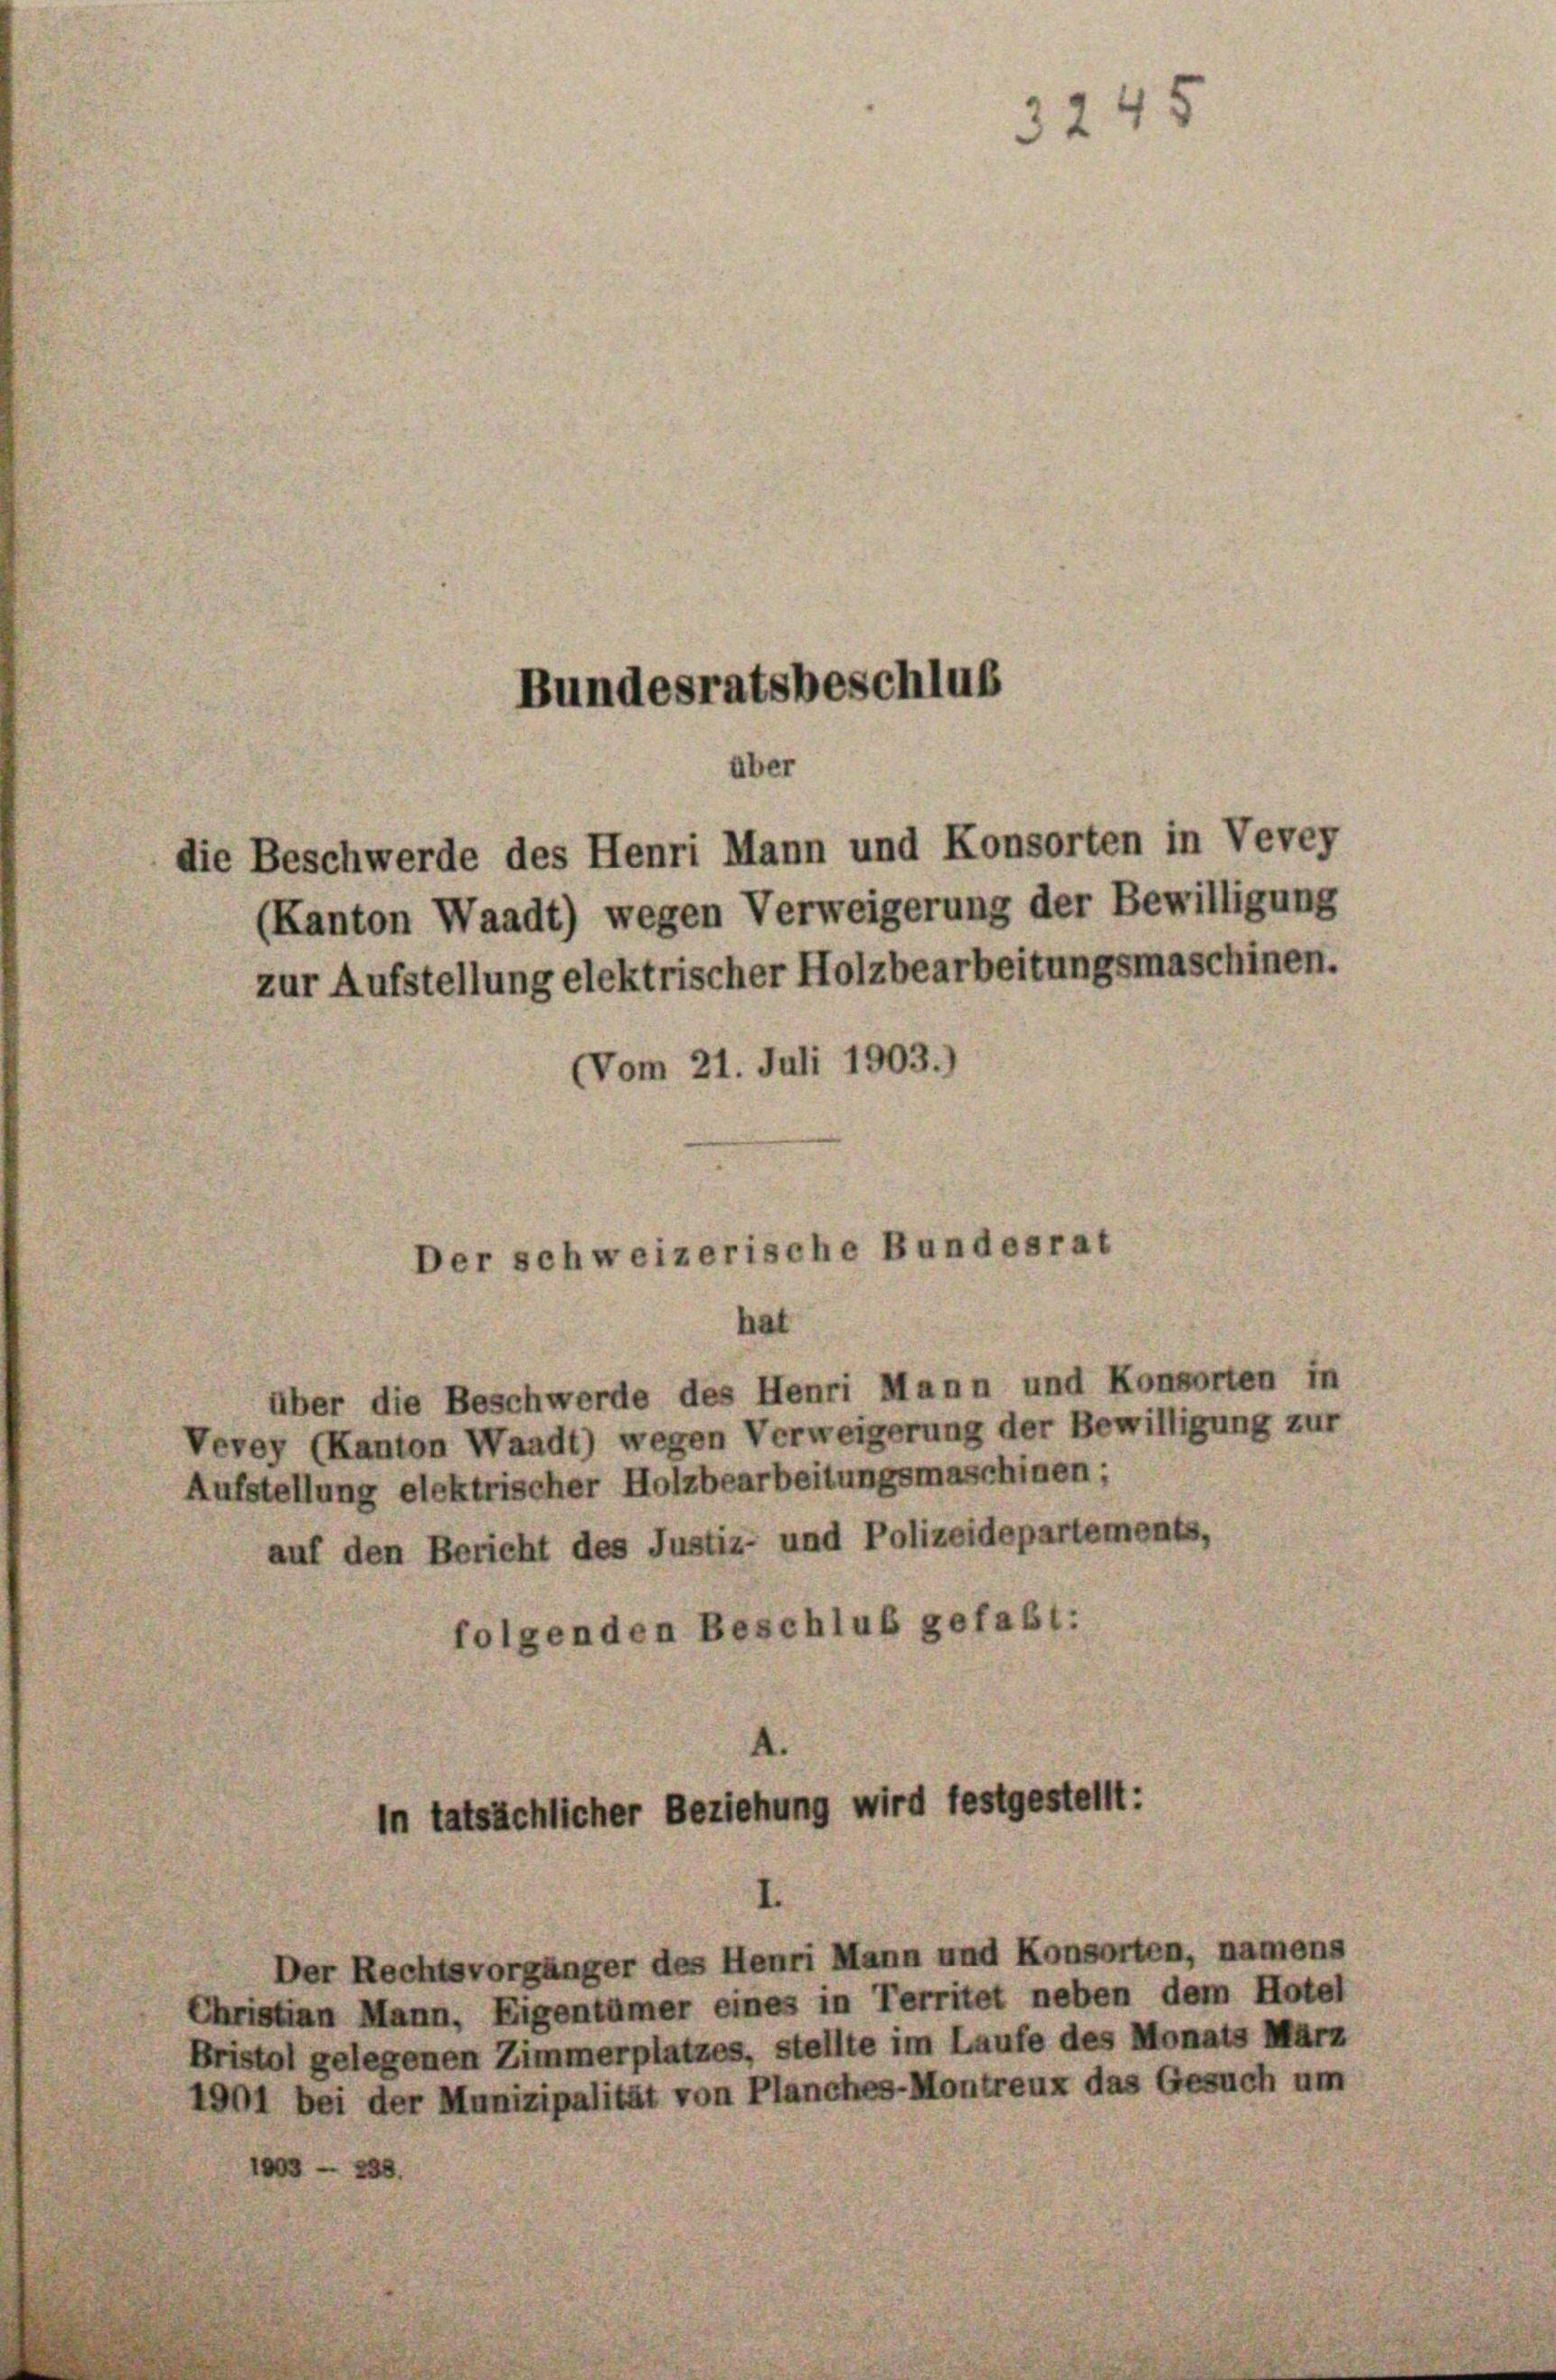
Bundesratsbeschlus
über
die Beschwerde des Henri Mann und Konsorten in Vevey
(Kanton Waadt) wegen Verweigerung der Bewilligung
zur Aufstellung elektrischer Holzbearbeitungsmaschinen.

(Vom 21. Juli 1903.)

über die Beschwerde des Henri Mann und Konsorten in
Vevey (Kanton Waadt) wegen Verweigerung der Bewilligung zur
Aufstellung elektrischer Holzbearbeitungsmaschinen;
auf den Bericht des Justiz- und Polizeidepartements,
folgenden Beschluß gefaßt:

Der schweizerische Bundesrat
hat

3245

in tatsächlicher Beziehung wird festgestellt:

Der Rechtsvorgänger des Henri Mann und Konsorten, namens
Christian Mann, Eigentümer eines in Territet neben dem Hotel
Bristol gelegenen Zimmerplatzes, stellte im Laufe des Monats März
1901 bei der Munizipalität von Planches-Montreux das Gesuch um
288.